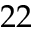
2 2